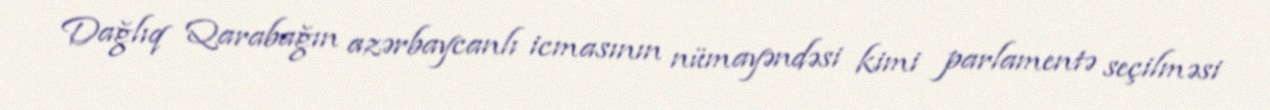
Dağlıq Qarabağın azərbaycanlı icmasının nümayəndəsi kimi parlamentə seçilməsi